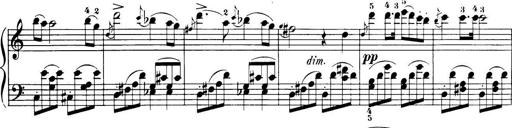
Title: 32 Sonatinas and Rondos for the Piano
Composer: Richard Kleinmichel